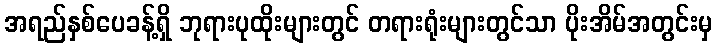
အရည်နှစ်ပေခန့်ရှိ ဘုရားပုထိုးများတွင် တရားရုံးများတွင်သာ ပိုးအိမ်အတွင်းမှ